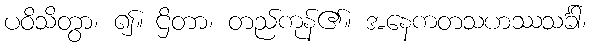
ပဝိသိတွာ၊ ၍။ ဌိတာ၊ တည်ကုန်၏။ အနေကတသဟဿသင်္ခါ၊